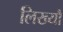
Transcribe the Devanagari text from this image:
लिख्यौ